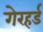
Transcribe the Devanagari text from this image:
गेरहर्ड